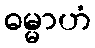
ဓမ္မာဟံ